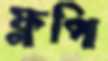
ফ্লপি